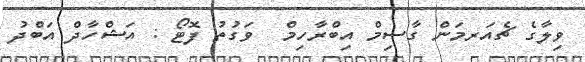
ވިލާގެ ޗެއަރމަން ގާސިމް އިބްރާހިމް  ވަގުތު ފޮޓޯ : އަޝްހާދް އަބްދު